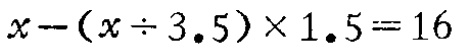
$x-(x\div 3.5)\times 1.5 = 16$